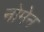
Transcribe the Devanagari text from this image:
नोमेन